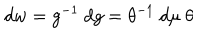
d w = g ^ { - 1 } ~ d g = \theta ^ { - 1 } ~ d \mu ~ \theta